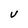
Character: V